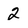
Character: 2